Leaving Certificate Examination, 1918
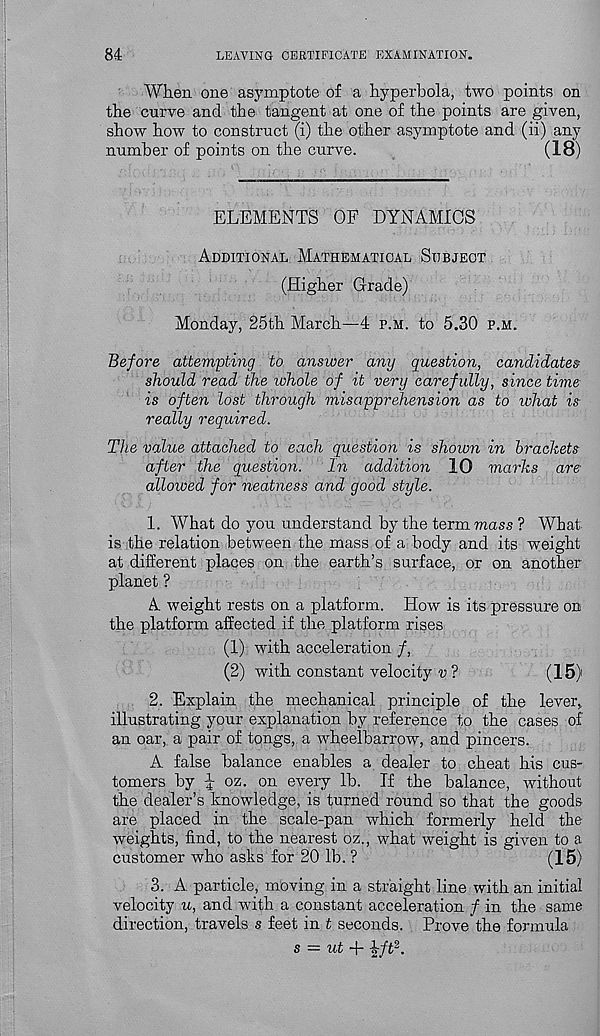
84
LEAVING CERTIFICATE EXAMINATION.
When one asymptote of a hyperbola, two points on
the curve and the tangent at one of the points are given,
show how to construct (i) the other asymptote and (ii) any
number of points on the curve.
(18)
ELEMENTS OF DYNAMICS
Additional Mathematical Subject
(Higher Grade)
Monday, 25th March—4 p.m. to 5.30 p.m.
Before attempting to answer any question, candidates
should read the whole of it very carefully, since time
is often lost through misapprehension as to what is
really required.
The value attached to each question is shown in brackets
after the question.
In addition 10 marks are
allowed for neatness and good style.
1. What do you understand by the term mass ? What
is the relation between the mass of a body and its weight
at different places on the earth’s surface, or on another
planet ?
A weight rests on a platform. How is its pressure on
the platform affected if the platform rises
(1) with acceleration /,
(2) with constant velocity v ?
(15)
2. Explain the mechanical principle of the lever v
illustrating your explanation by reference to the cases of
an oar, a pair of tongs, a wheelbarrow, and pincers.
A false balance enables a dealer to cheat his cus-
tomers by J oz. on every lb. If the balance, without
the dealer’s knowledge, is turned round so that the goods
are placed in the scale-pan which formerly held the
weights, find, to the nearest oz., what weight is given to a
customer who asks for 20 lb. ?
(15)
3. A particle, moving in a straight line with an initial
velocity u, and with a constant acceleration / in the same
direction, travels s feet in t seconds. Prove the formula
s — ut + zft 2 .